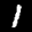
Label: 1